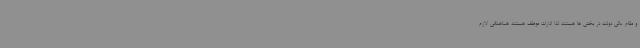
و مقام عالی دولت در بخش ها هستند لذا ادارات موظف هستند هماهنگی لازم